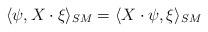
LaTeX: \begin{align*}\langle\psi,X\cdot\xi\rangle_{SM}=\langle X\cdot\psi,\xi\rangle_{SM}\end{align*}